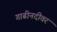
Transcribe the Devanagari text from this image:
गाढीनदीवर